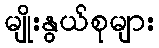
မျိုးနွယ်စုများ